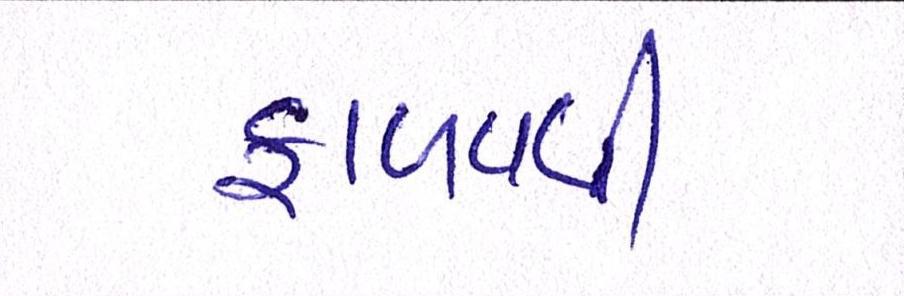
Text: ફાળવવી